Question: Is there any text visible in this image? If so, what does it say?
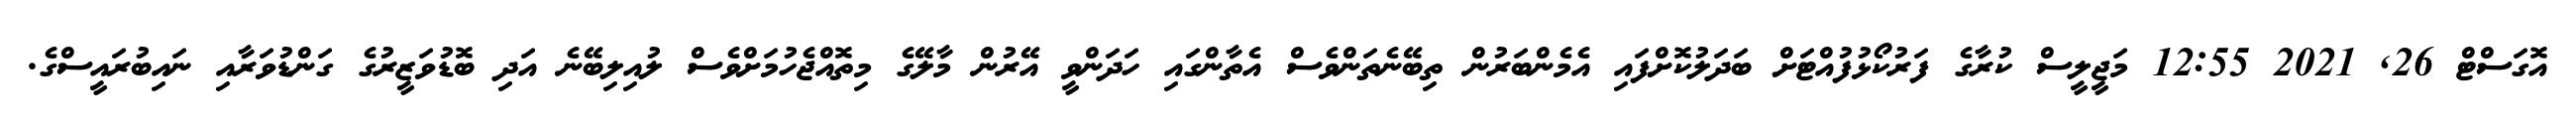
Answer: އޮގަސްޓް 26, 2021 12:55 މަޖީލީސް ކުރާގެ ފަރުކޯޅުފުއްޓަށް ބަދަލުކޮށްފައި އެމެންބަރުން ތިބޭނެތަންވެސް އެތާންގައި ހަދަންވީ އޭރުން މާލޭގެ މިތޮއްޖެހުމަށްވެސް ލުއިލިބޭނެ އަދި ބޮޑުވަޒީރުގެ ގަންޑުވަރާއި ނައިބުރައީސްގެ.